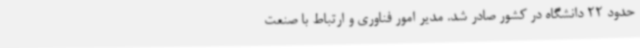
حدود 22 دانشگاه در کشور صادر شد. مدیر امور فناوری و ارتباط با صنعت